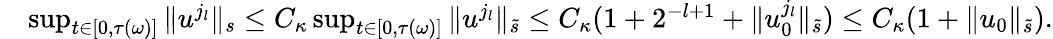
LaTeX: \begin{array}{rl}&{\operatorname*{sup}_{t\in[0,\tau(\omega)]}\| u^{j_{l}}\| _{s}\leq C_{\kappa}\operatorname*{sup}_{t\in[0,\tau(\omega)]}\| u^{j_{l}}\| _{\tilde{s}}\leq C_{\kappa}(1+2^{-l+1}+\| u_{0}^{j_{l}}\| _{\tilde{s}})\leq C_{\kappa}(1+\| u_{0}\| _{\tilde{s}}).}\end{array}